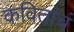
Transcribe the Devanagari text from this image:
कवितांचं